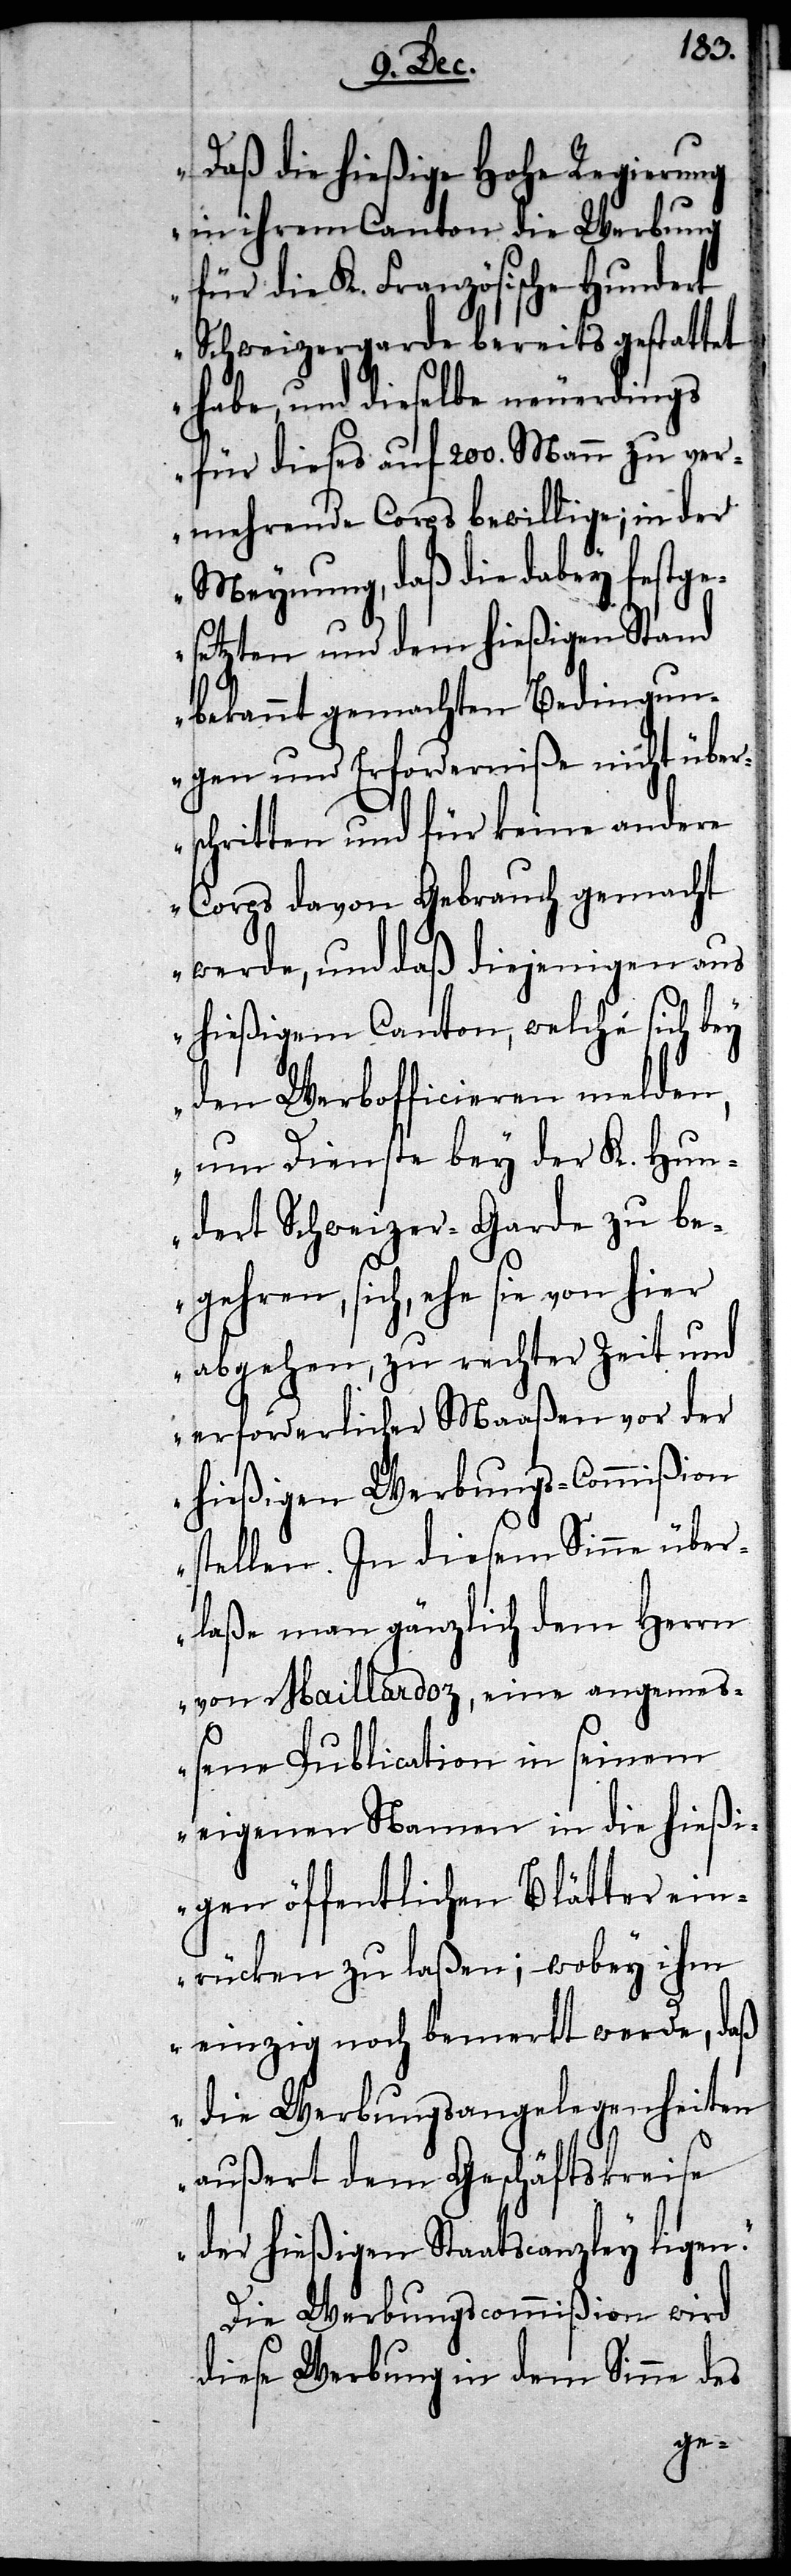
„Daß die hießige Hohe Regierung
in ihrem Canton die Werbung
für die K. Französische Hundert
Schweizergarde bereits gestattet
habe, und dieselbe neuerdings
für dieses auf 200. Mann zu ver¬
mehrende Corps bewillige; in der
Meynung, daß die dabey festge¬
setzten und dem hießigen Stand
bekannt gemachten Bedingun¬
gen und Erforderniße nicht über¬
schritten und für keine andere
Corps davon Gebrauch gemacht
werde, und daß diejenigen aus
hießigem Canton, welche sich bey
den Werbeofficieren melden,
um Dienste bey der K. Hun¬
dert Schweizer-Garde zu be¬
gehren, sich, ehe sie von hier
abgehen, zu rechter Zeit und
erforderlicher Maaßen vor der
hießigen Werbungs-Commißion
stellen. In diesem Sinne über¬
laße man gänzlich dem Herrn
von Maillardoz, eine angemeß¬
ene Publication in seinem
eigenen Namen in die hießi¬
gen öffentlichen Blätter ein¬
rücken zu laßen; wobey ihm
einzig noch bemerkt werde, daß
die Werbungsangelegenheiten
außert dem Geschäftskreise
der hießigen Staatscanzley ligen.“
Die Werbungscommißion wird
diese Werbung in dem Sinne des